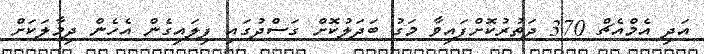
އަދި އެމްއެޗް 370 ދަތުރުކޮށްފައިވާ މަގު ބަދަލުކޮށް ގަސްދުގައި ފިލައިގެން އެހެން ދިމާލަކަށް